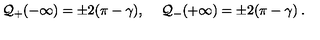
{ \cal Q } _ { + } ( - \infty ) = \pm 2 ( \pi - \gamma ) , \quad \: { \cal Q } _ { - } ( + \infty ) = \pm 2 ( \pi - \gamma ) \: .